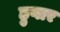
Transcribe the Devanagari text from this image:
हुगार